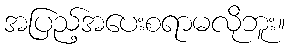
အပြည့်အပေးစရာမလိုဘူး။